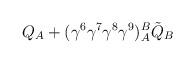
LaTeX: \begin{align*}Q_A+(\gamma^{6}\gamma^{7}\gamma^{8}\gamma^{9})_A^B\tilde{Q}_B\end{align*}